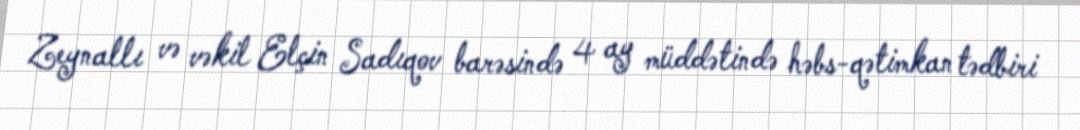
Zeynallı və vəkil Elçin Sadıqov barəsində 4 ay müddətində həbs-qətimkan tədbiri